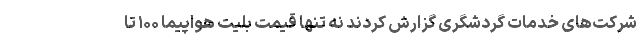
شرکت‌های خدمات گردشگری گزارش کردند نه تنها قیمت بلیت هواپیما ۱۰۰ تا